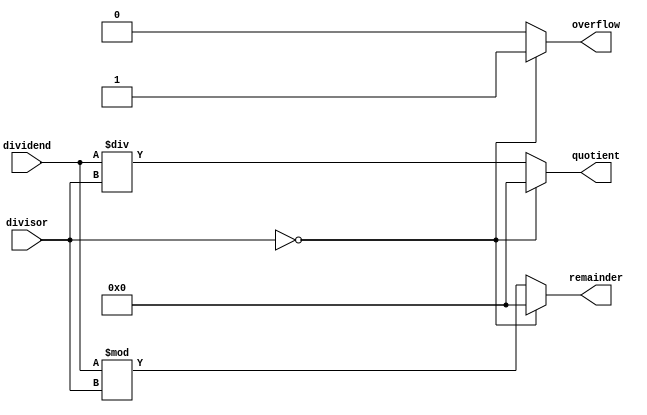
module async_divider(
  input [31:0] dividend,
  input [31:0] divisor,
  output reg [31:0] quotient,
  output reg [31:0] remainder,
  output reg overflow
);

always @(*) begin
  if(divisor == 0) begin
    quotient <= 32'd0;
    remainder <= 32'd0;
    overflow <= 1;
  end else begin
    overflow <= 0;
    quotient <= dividend / divisor;
    remainder <= dividend % divisor;
  end
end

endmodule